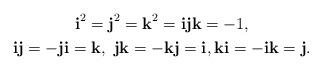
LaTeX: \begin{align*} \begin{gathered} \textbf{i}^{2}=\textbf{j}^{2}=\textbf{k}^{2}=\textbf{i}\textbf{j}\textbf{k}=-1,\\ \textbf{i}\textbf{j}=-\textbf{j}\textbf{i}=\textbf{k},\ \textbf{j}\textbf{k}=-\textbf{k}\textbf{j}=\textbf{i}, \textbf{k}\textbf{i}=-\textbf{i}\textbf{k}=\textbf{j}. \end{gathered}\end{align*}